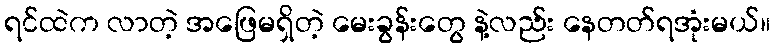
ရင်ထဲက လာတဲ့ အဖြေမရှိတဲ့ မေးခွန်းတွေ နဲ့လည်း နေတတ်ရအုံးမယ်။